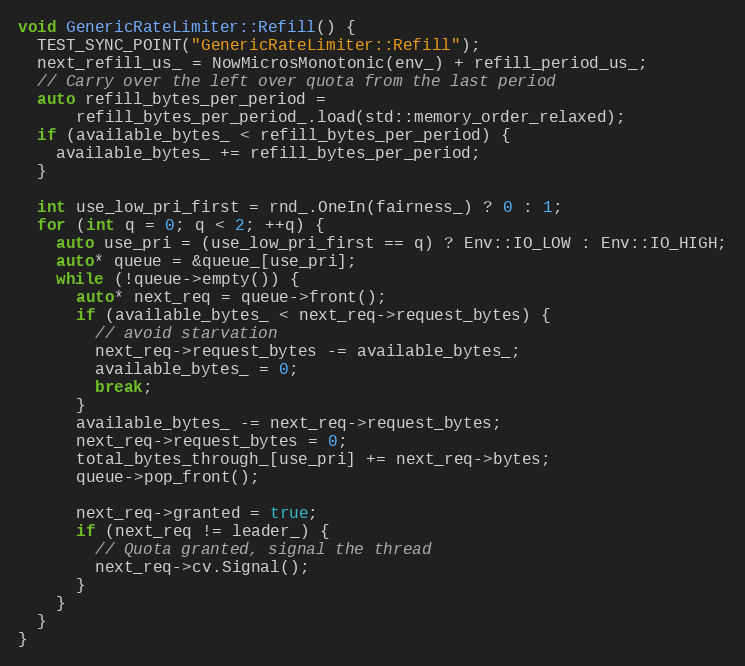
Language: C++
void GenericRateLimiter::Refill() {
  TEST_SYNC_POINT("GenericRateLimiter::Refill");
  next_refill_us_ = NowMicrosMonotonic(env_) + refill_period_us_;
  // Carry over the left over quota from the last period
  auto refill_bytes_per_period =
      refill_bytes_per_period_.load(std::memory_order_relaxed);
  if (available_bytes_ < refill_bytes_per_period) {
    available_bytes_ += refill_bytes_per_period;
  }

  int use_low_pri_first = rnd_.OneIn(fairness_) ? 0 : 1;
  for (int q = 0; q < 2; ++q) {
    auto use_pri = (use_low_pri_first == q) ? Env::IO_LOW : Env::IO_HIGH;
    auto* queue = &queue_[use_pri];
    while (!queue->empty()) {
      auto* next_req = queue->front();
      if (available_bytes_ < next_req->request_bytes) {
        // avoid starvation
        next_req->request_bytes -= available_bytes_;
        available_bytes_ = 0;
        break;
      }
      available_bytes_ -= next_req->request_bytes;
      next_req->request_bytes = 0;
      total_bytes_through_[use_pri] += next_req->bytes;
      queue->pop_front();

      next_req->granted = true;
      if (next_req != leader_) {
        // Quota granted, signal the thread
        next_req->cv.Signal();
      }
    }
  }
}